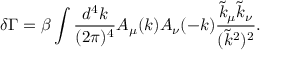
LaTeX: \delta \Gamma = \beta \int \frac { d ^ { 4 } k } { ( 2 \pi ) ^ { 4 } } A _ { \mu } ( k ) A _ { \nu } ( - k ) \frac { \tilde { k } _ { \mu } \tilde { k } _ { \nu } } { ( \tilde { k } ^ { 2 } ) ^ { 2 } } .